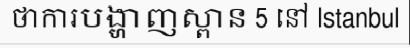
ថាការបង្ហាញស្ពាន 5 នៅ Istanbul